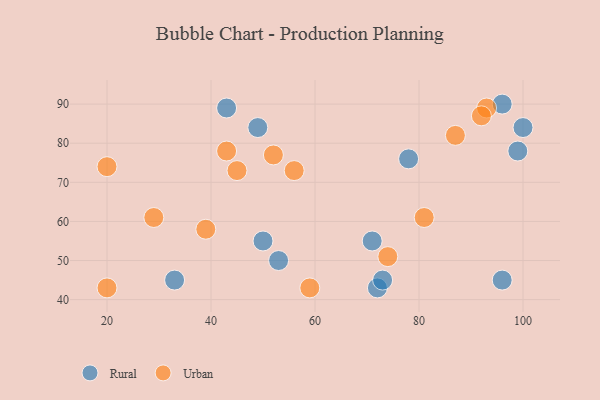
{"axis": {"x": "GDP", "y": "Life Expectancy"}, "legend": ["Rural", "Urban"], "data": [{"x": "78", "y": 76, "type": "Rural"}, {"x": "53", "y": 50, "type": "Rural"}, {"x": "96", "y": 90, "type": "Rural"}, {"x": "49", "y": 84, "type": "Rural"}, {"x": "72", "y": 43, "type": "Rural"}, {"x": "96", "y": 45, "type": "Rural"}, {"x": "99", "y": 78, "type": "Rural"}, {"x": "73", "y": 45, "type": "Rural"}, {"x": "50", "y": 55, "type": "Rural"}, {"x": "100", "y": 84, "type": "Rural"}, {"x": "43", "y": 89, "type": "Rural"}, {"x": "71", "y": 55, "type": "Rural"}, {"x": "33", "y": 45, "type": "Rural"}, {"x": "59", "y": 43, "type": "Urban"}, {"x": "56", "y": 73, "type": "Urban"}, {"x": "43", "y": 78, "type": "Urban"}, {"x": "81", "y": 61, "type": "Urban"}, {"x": "93", "y": 89, "type": "Urban"}, {"x": "39", "y": 58, "type": "Urban"}, {"x": "74", "y": 51, "type": "Urban"}, {"x": "29", "y": 61, "type": "Urban"}, {"x": "92", "y": 87, "type": "Urban"}, {"x": "20", "y": 74, "type": "Urban"}, {"x": "87", "y": 82, "type": "Urban"}, {"x": "20", "y": 43, "type": "Urban"}, {"x": "52", "y": 77, "type": "Urban"}, {"x": "45", "y": 73, "type": "Urban"}]}